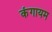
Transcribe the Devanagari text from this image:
कंगायम